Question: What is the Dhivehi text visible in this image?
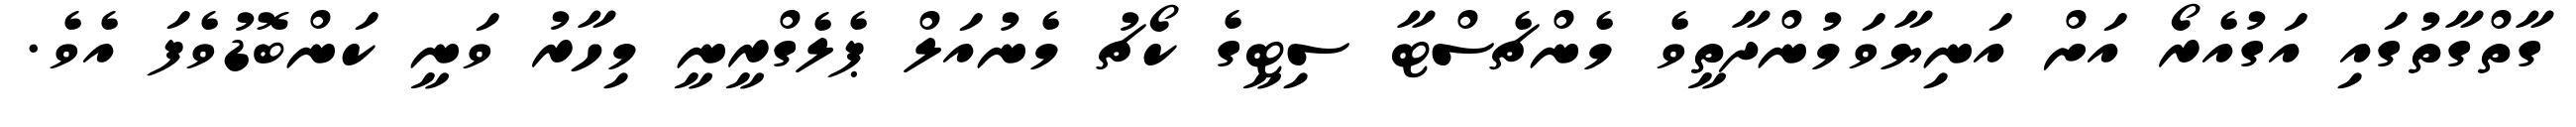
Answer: ގާތްގާތުގައި އަގުއެރޯ އަށް އަނިޔާވަމުންދާތީވެ މެންޗެސްޓާ ސިޓީގެ ކޯޗު މެނުއަލް ޕެލެގްރީނީ މިހާރު ވަނީ ކަންބޮޑުވެފަ އެވެ.